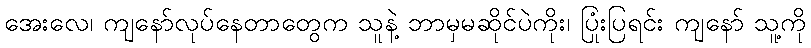
အေးလေ၊ ကျနော်လုပ်နေတာတွေက သူနဲ့ ဘာမှမဆိုင်ပဲကိုး၊ ပြုံးပြရင်း ကျနော် သူ့ကို